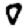
Digit: 0